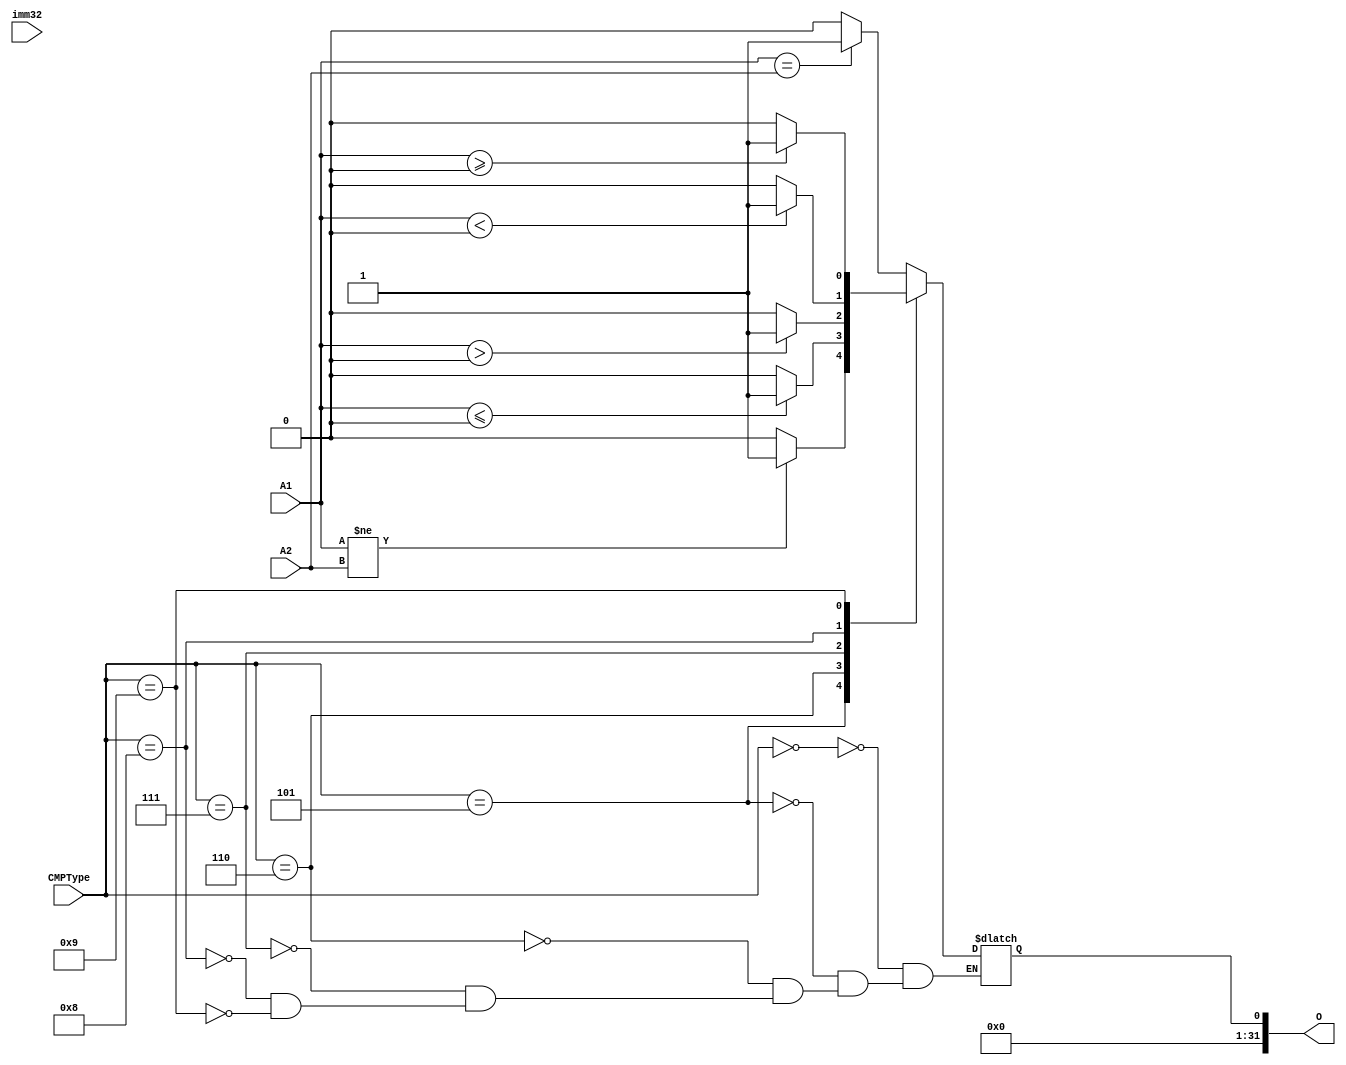
`timescale 1ns / 1ps
//////////////////////////////////////////////////////////////////////////////////
// Company: 
// Engineer: 
// 
// Design Name: 
// Module Name:    CMP 
// Project Name: 
// Target Devices: 
// Tool versions: 
// Description: 
//
// Dependencies: 
//
// Revision: 
// Revision 0.01 - File Created
// Additional Comments: 
//
//////////////////////////////////////////////////////////////////////////////////
`define BEQ   4'b0000
`define BNE   4'b0101
`define BLEZ  4'b0110
`define BGTZ  4'b0111
`define BLTZ  4'b1000
`define BGEZ  4'b1001
module CMP(
    input [31:0] A1,
    input [31:0] A2,
	 input [31:0] imm32,
    input [3:0] CMPType,
    output reg [31:0] O
    );
	 initial begin
		O = 1'b0;
	 end
	 always@(*) begin
		case (CMPType)
			`BEQ: begin
				if (A1 == A2) begin
					O = 32'h00000001;
				end
				else begin
					O = 32'h00000000;
				end
			end
			`BNE: begin
				if (A1 != A2) begin
					O = 32'h00000001;
				end
				else begin
					O = 32'h00000000;
				end
			end
			`BLEZ: begin
				if ($signed(A1) <= $signed(0)) begin
					O = 32'h00000001;
				end
				else begin
					O = 32'h00000000;
				end
			end
			`BGTZ: begin
				if ($signed(A1) > $signed(0)) begin
					O = 32'h00000001;
				end
				else begin
					O = 32'h00000000;
				end
			end
			`BLTZ: begin
				if ($signed(A1) < $signed(0)) begin
					O = 32'h00000001;
				end
				else begin
					O = 32'h00000000;
				end
			end
			`BGEZ: begin
				if ($signed(A1) >= $signed(0)) begin
					O = 32'h00000001;
				end
				else begin
					O = 32'h00000000;
				end
			end
			default: begin
			end
		endcase
	 end

endmodule